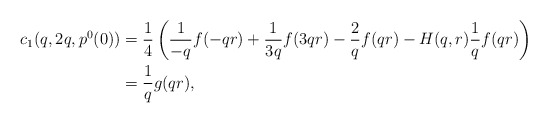
\begin{align*}c_1(q,2q,p^0(0)) &= \frac 14 \left( \frac{1}{-q}f(-qr) + \frac{1}{3q}f(3qr) - \frac{2}{q}f(qr) - H(q,r)\frac 1q f(qr)\right)\\&=\frac 1q g(qr),\end{align*}